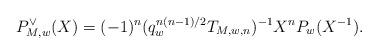
LaTeX: \begin{align*} P_{M, w}^\vee(X) = (-1)^n (q_w^{n(n-1)/2} T_{M, w, n})^{-1} X^n P_w(X^{-1}). \end{align*}